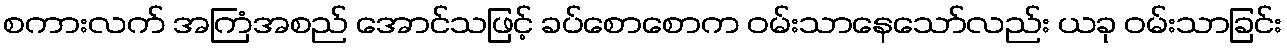
စကားလက် အကြံအစည် အောင်သဖြင့် ခပ်စောစောက ဝမ်းသာနေသော်လည်း ယခု ဝမ်းသာခြင်း